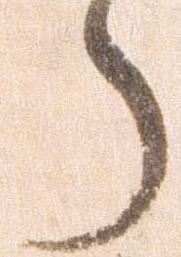
郎